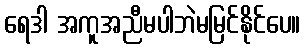
ရေဒါ အကူအညီမပါဘဲမမြင်နိုင်ပေ။